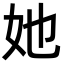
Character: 她